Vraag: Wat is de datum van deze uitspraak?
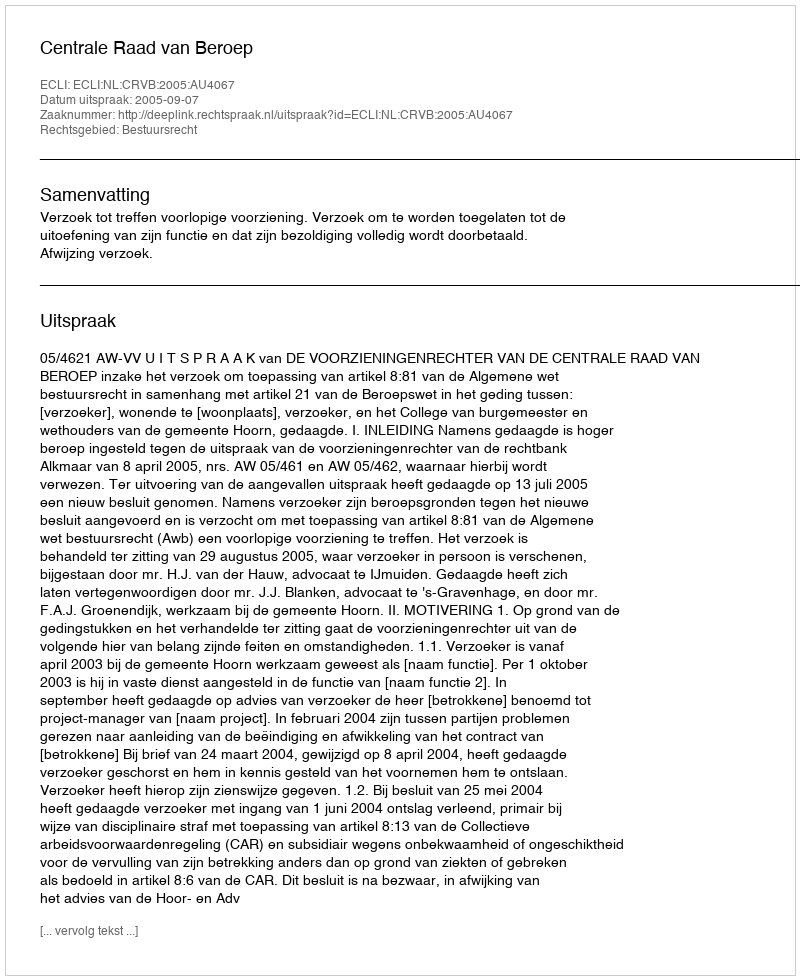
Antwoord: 2005-09-07